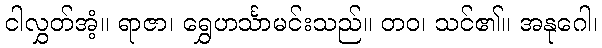
ငါလွှတ်အံ့။ ရာဇာ၊ ရွှေဟင်္သာမင်းသည်။ တဝ၊ သင်၏။ အနုဂေါ၊